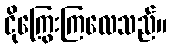
ငိုကြွေးကြလေသည်။